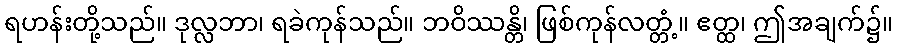
ရဟန်းတို့သည်။ ဒုလ္လဘာ၊ ရခဲကုန်သည်။ ဘဝိဿန္တိ၊ ဖြစ်ကုန်လတ္တံ့။ ဧတ္ထ၊ ဤအချက်၌။